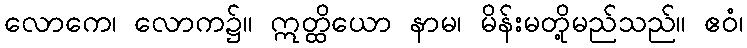
လောကေ၊ လောက၌။ ဣတ္ထိယော နာမ၊ မိန်းမတို့မည်သည်။ ဧဝံ၊